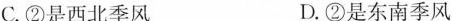
C.②是西北季风 D.②是东南季风